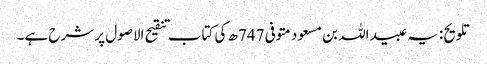
تلویح: یہ عبید اللہ بن مسعود متوفی 747ھ کی کتاب تنقیح الاصول پر شرح ہے۔